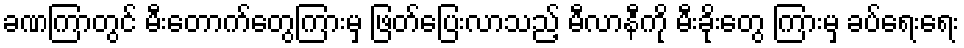
ခဏကြာတွင် မီးတောက်တွေကြားမှ ဖြတ်ပြေးလာသည့် မီလာနီကို မီးခိုးတွေ ကြားမှ ခပ်ရေးရေး